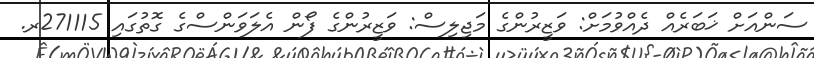
ސަންއަށް ޚަބަރެއް ދެއްވުމަށް: ވަޒީރުންގެ މަޖިލިސް: ވަޒީރުންގެ ފޯން އެލަވަންސްގެ ގޮތުގައި 271115ރ.